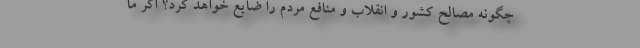
چگونه مصالح کشور و انقلاب و منافع مردم را ضایع خواهد کرد؟ اگر ما